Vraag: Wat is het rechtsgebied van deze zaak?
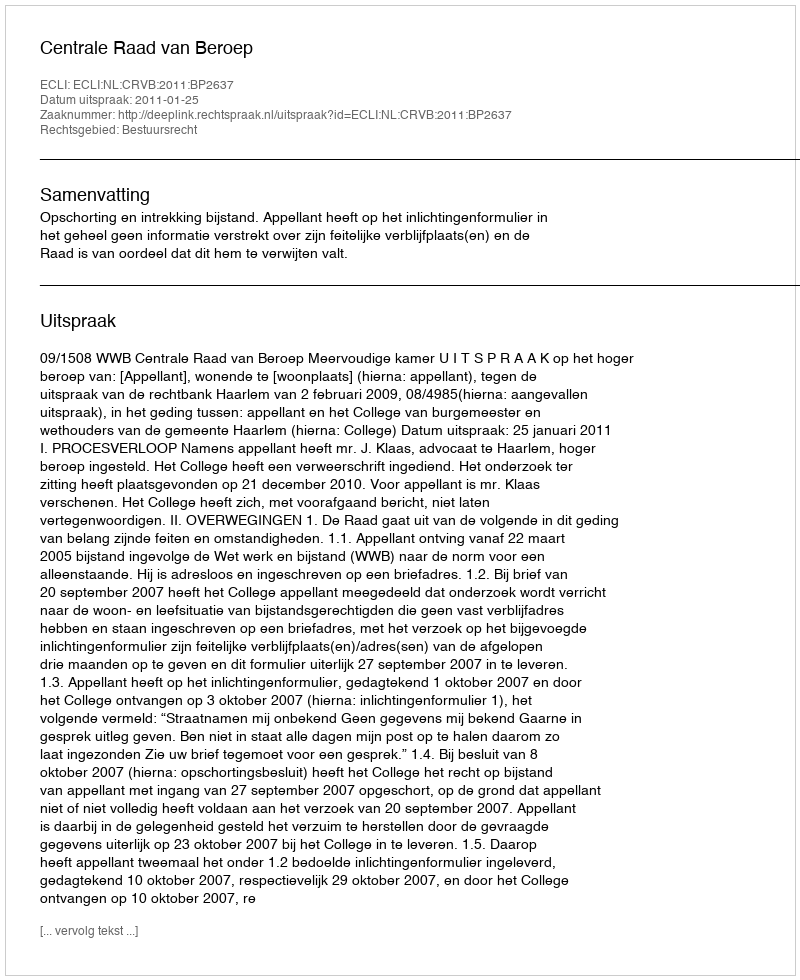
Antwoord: Bestuursrecht